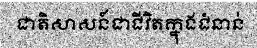
ជាតិសាសន៍ជាជីវិតក្នុងជំនាន់